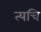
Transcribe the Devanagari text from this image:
त्यचि